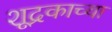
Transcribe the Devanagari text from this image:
शूद्रकाच्या